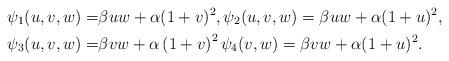
LaTeX: \begin{align*}\psi_1(u,v,w)=&\beta uw+ \alpha(1+v)^2, \psi_2(u,v,w)=\beta uw+ \alpha(1+u)^2,\\\psi_3(u,v,w)=&\beta vw+\alpha\left(1+v\right)^2\psi_4(v,w)=\beta vw+\alpha(1+u)^2.\end{align*}